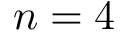
n = 4